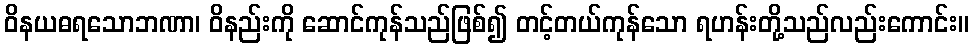
ဝိနယဓရသောဘဏာ၊ ဝိနည်းကို ဆောင်ကုန်သည်ဖြစ်၍ တင့်တယ်ကုန်သော ရဟန်းတို့သည်လည်းကောင်း။